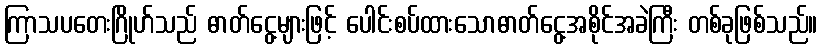
ကြာသပတေးဂြိုဟ်သည် ဓာတ်ငွေ့များဖြင့် ပေါင်းစပ်ထားသောဓာတ်ငွေ့အစိုင်အခဲကြီး တစ်ခုဖြစ်သည်။